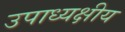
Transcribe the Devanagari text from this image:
उपाध्यक्षीय